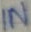
Text: IN